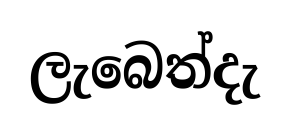
ලැබෙත්දැ